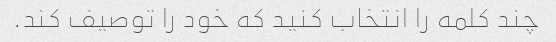
چند کلمه را انتخاب کنید که خود را توصیف کند.